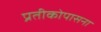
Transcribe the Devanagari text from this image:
प्रतीकोपासना